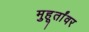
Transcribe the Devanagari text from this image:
मुहूर्तांवर